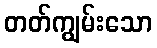
တတ်ကျွမ်းသော